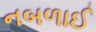
નબળાઈ